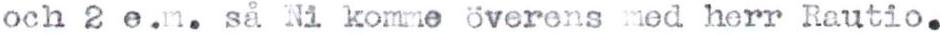
och 2 e.m. så Ni komme överens med herr Rautio.